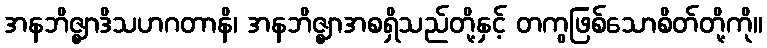
အနဘိဇ္ဈာဒိသဟဂတာနိ၊ အနဘိဇ္ဈာအစရှိသည်တို့နှင့် တကွဖြစ်သောစိတ်တို့ကို။